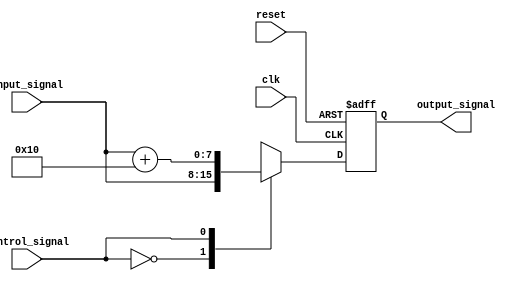
module voltage_level_shifter (
    input wire clk,
    input wire reset,
    input wire [7:0] input_signal,
    input wire control_signal,
    output reg [7:0] output_signal
);

// Define voltage level shift logic
always @ (posedge clk or posedge reset) begin
    if (reset) begin
        output_signal <= 8'h00;
    end else begin
        case (control_signal)
            1'b0: output_signal <= input_signal;  // Voltage level remains unchanged
            1'b1: output_signal <= input_signal + 8'h10;  // Shift voltage level by adding 16
            default: output_signal <= input_signal;  // Default to no voltage level shift
        endcase
    end
end

endmodule